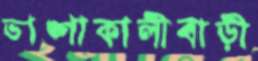
ভাঙ্গাকালীবাড়ী